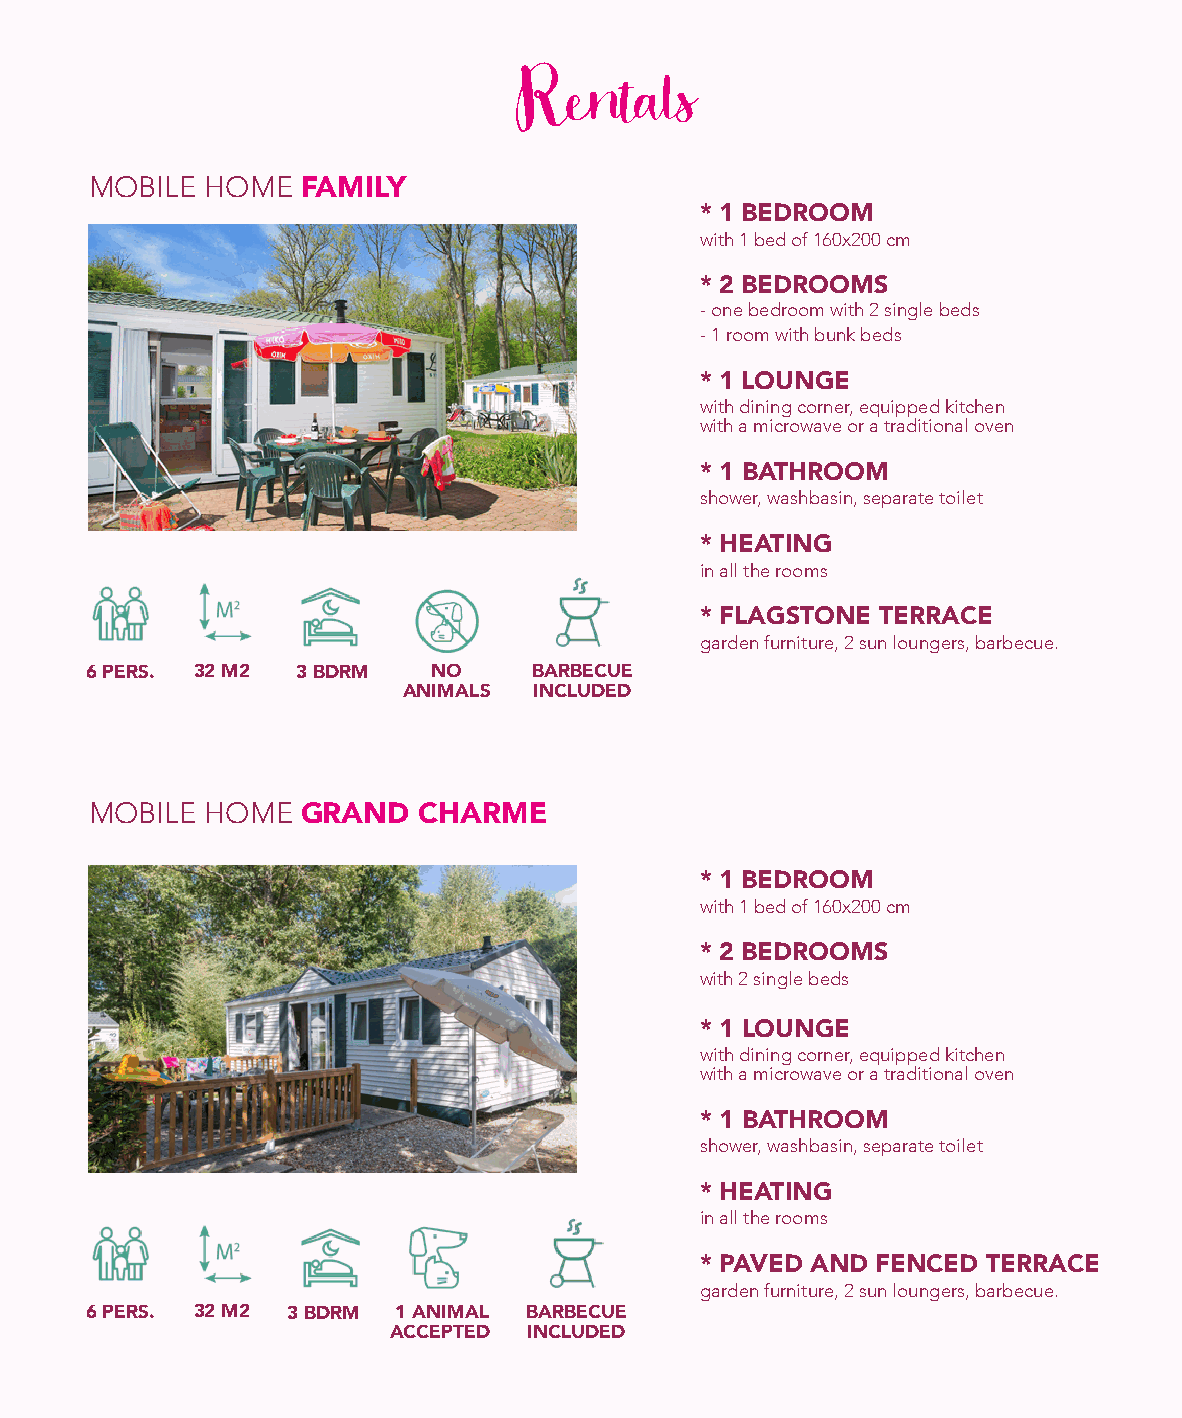
Rentals
 MOBILE  HOME  FAMILY
 * 1 BEDROOM
 with 1 bed of 160x200 cm
 * 2 BEDROOMS
 - one bedroom with 2 single beds
 - 1 room with bunk beds
 * 1 LOUNGE
 with dining corner, equipped kitchen
 with a microwave or a traditional oven
 * 1 BATHROOM
 shower, washbasin, separate toilet
 * HEATING
 in all the rooms
 * FLAGSTONE TERRACE
 garden furniture, 2 sun loungers, barbecue.
 6 PERS. 32 M2 3 BDRM   NO    BARBECUE
 ANIMALS INCLUDED
 MOBILE  HOME  GRAND   CHARME
 * 1 BEDROOM
 with 1 bed of 160x200 cm
 * 2 BEDROOMS
 with 2 single beds
 * 1 LOUNGE
 with dining corner, equipped kitchen
 with a microwave or a traditional oven
 * 1 BATHROOM
 shower, washbasin, separate toilet
 * HEATING
 in all the rooms
 * PAVED AND FENCED TERRACE
 garden furniture, 2 sun loungers, barbecue.
 6 PERS. 32 M2 3 BDRM 1 ANIMAL BARBECUE
 ACCEPTED INCLUDED